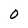
Character: O